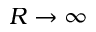
R \rightarrow \infty